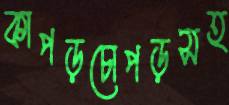
কাপড়চোপড়সহ